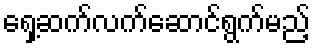
ရှေ့ဆက်လက်ဆောင်ရွက်မည့်